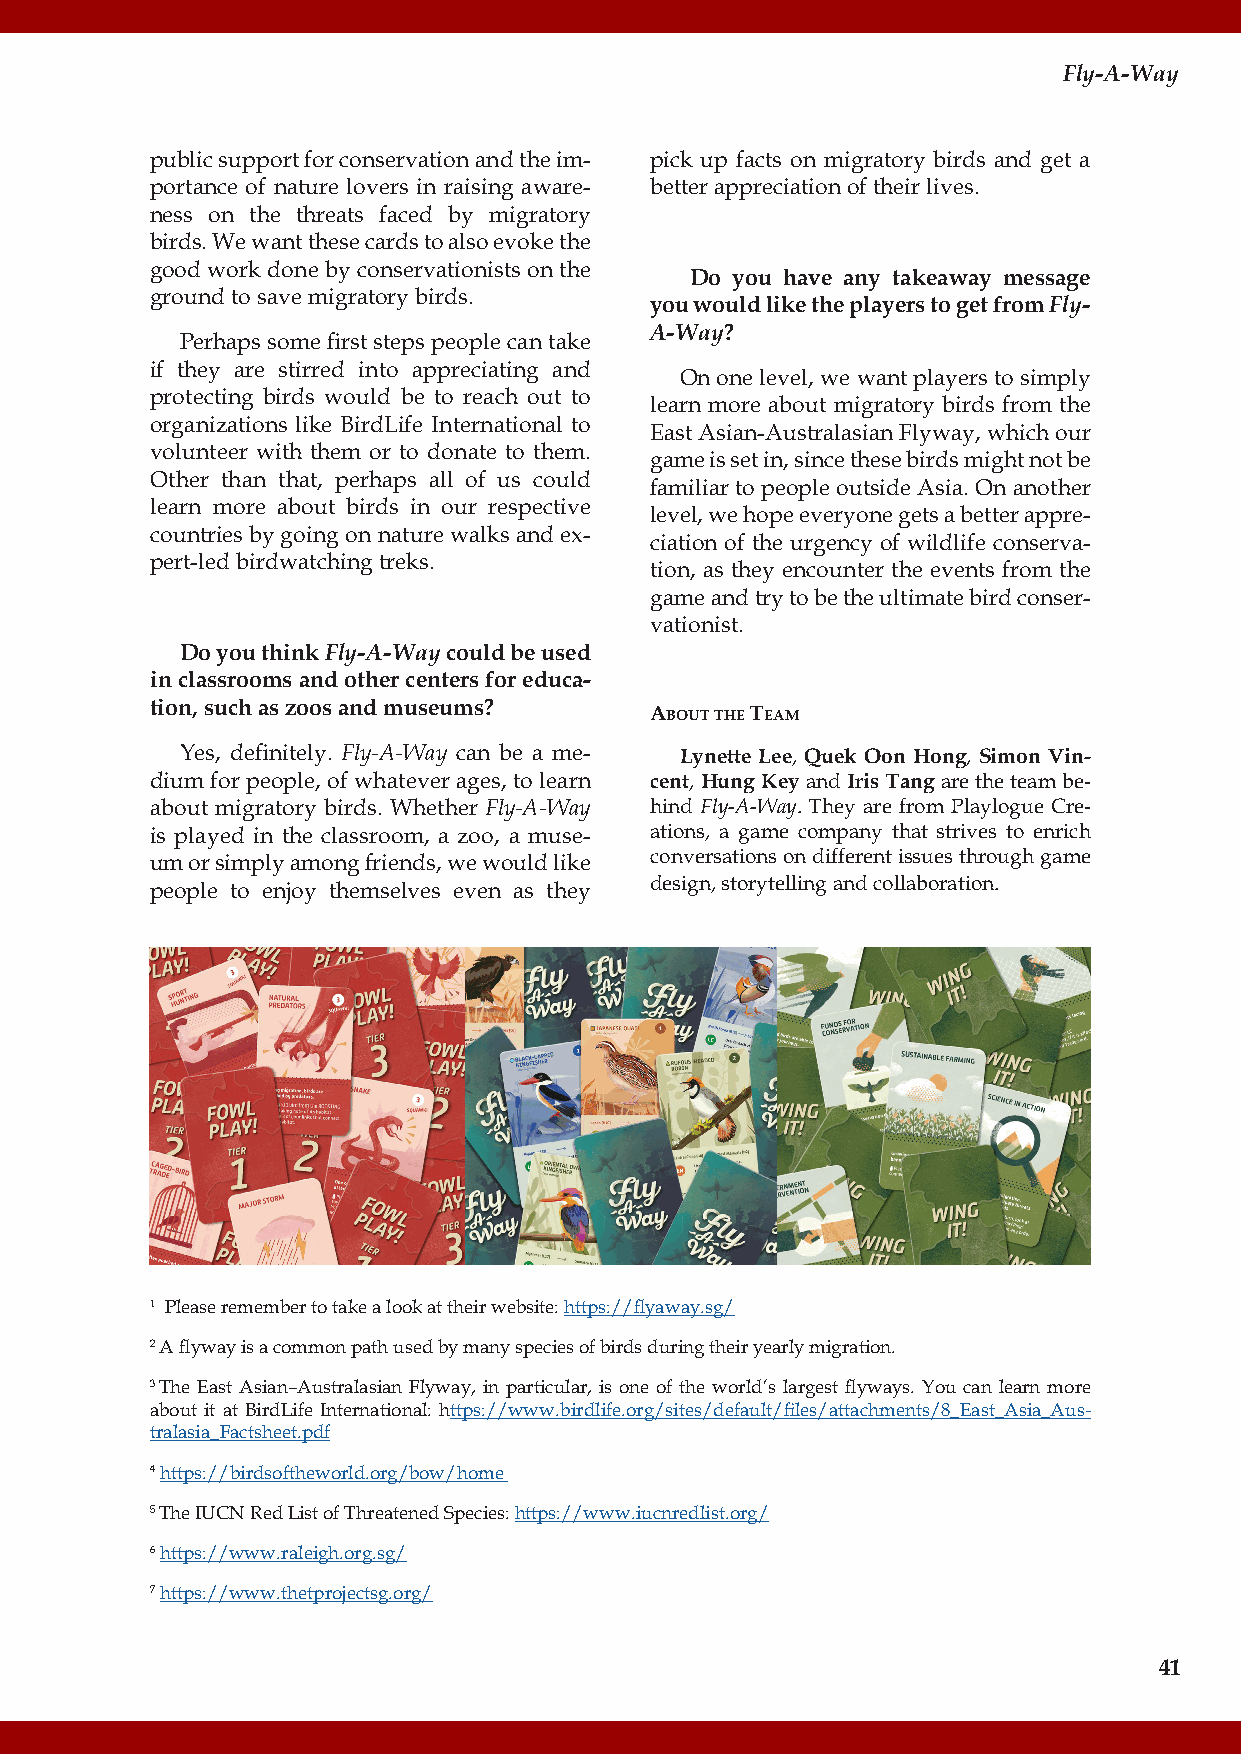
Fly-A-Way
 public support for conservation and the im- pick up facts on migratory birds and get a
 portance of nature lovers in raising aware- better appreciation of their lives.
 ness on the threats faced by migratory
 birds. We want these cards to also evoke the
 good work done by conservationists on the
 Do you have any takeaway message
 ground to save migratory birds.
 you would like the players to get from Fly-
 A-Way?
 Perhaps some first steps people can take
 if they are stirred into appreciating and
 On one level, we want players to simply
 protecting birds would be to reach out to
 learn more about migratory birds from the
 organizations like BirdLife International to
 East Asian-Australasian Flyway, which our
 volunteer with them or to donate to them.
 game is set in, since these birds might not be
 Other than that, perhaps all of us could
 familiar to people outside Asia. On another
 learn more about birds in our respective
 level, we hope everyone gets a better appre-
 countries by going on nature walks and ex-
 ciation of the urgency of wildlife conserva-
 pert-led birdwatching treks.
 tion, as they encounter the events from the
 game and try to be the ultimate bird conser-
 vationist.
 Do you think Fly-A-Way could be used
 in classrooms and other centers for educa-
 tion, such as zoos and museums?
 About the teAm
 Yes, definitely. Fly-A-Way can be a me- Lynette Lee, Quek Oon Hong, Simon Vin-
 dium for people, of whatever ages, to learn cent, Hung Key and Iris Tang are the team be-
 about migratory birds. Whether Fly-A-Way hind Fly-A-Way. They are from Playlogue Cre-
 is played in the classroom, a zoo, a muse- ations, a game company that strives to enrich
 um or simply among friends, we would like conversations on different issues through game
 people to enjoy themselves even as they design, storytelling and collaboration.
 1 Please remember to take a look at their website: https://flyaway.sg/
 2 A flyway is a common path used by many species of birds during their yearly migration.
 3 The East Asian–Australasian Flyway, in particular, is one of the world’s largest flyways. You can learn more
 about it at BirdLife International: https://www.birdlife.org/sites/default/files/attachments/8_East_Asia_Aus-
 tralasia_Factsheet.pdf
 4 https://birdsoftheworld.org/bow/home
 5 The IUCN Red List of Threatened Species: https://www.iucnredlist.org/
 6 https://www.raleigh.org.sg/
 7 https://www.thetprojectsg.org/
 41